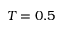
T = 0 . 5